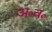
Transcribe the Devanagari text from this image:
अ०व०